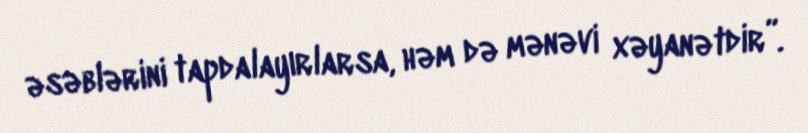
əsəblərini tapdalayırlarsa, həm də mənəvi xəyanətdir”.